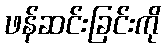
ဖန်ဆင်းခြင်းကို